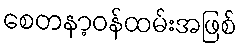
စေတနာ့ဝန်ထမ်းအဖြစ်